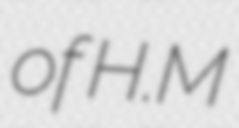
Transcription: of H.M